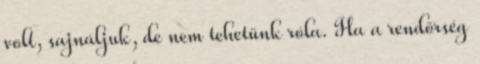
volt, sajnáljuk, de nem tehetünk róla. Ha a rendőrség